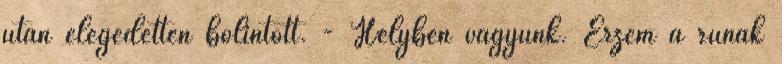
után elégedetten bólintott. - Helyben vagyunk. Érzem a rúnák